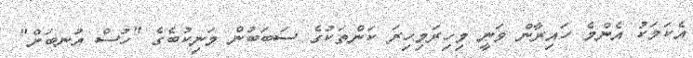
އެކަމަކު އެންމެ ހައިރާން ވަނީ މިހިރަމިހިރަ ކަންތަކުގެ ސަބަބުން މަނިކުބެގެ "ހުސް އުނބަށް"